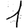
Digit: 1